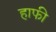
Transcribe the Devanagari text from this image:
हाफी